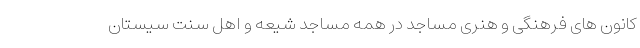
کانون های فرهنگی و هنری مساجد در همه مساجد شیعه و اهل سنت سیستان‌